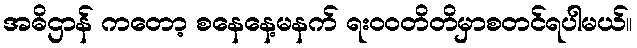
အဓိဌာန် ကတော့ စနေနေ့မနက် ရး၀၀တိတိမှာစတင်ရပါမယ်။